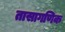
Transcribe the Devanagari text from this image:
तासागणिक